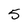
Character: 5